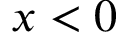
x < 0